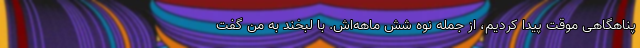
پناهگاهی موقت پیدا کردیم، از جمله نوه شش ماهه‌اش. با لبخند به من گفت